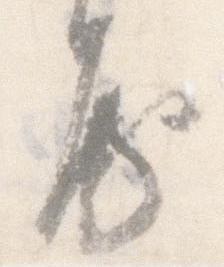
房